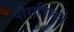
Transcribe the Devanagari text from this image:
पौराणिको